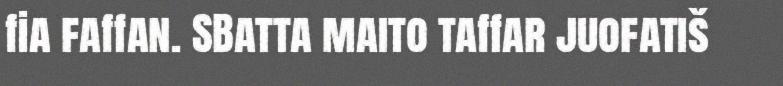
fia faffan. SBatta maito taffar juofatiš